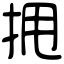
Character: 𫝺